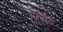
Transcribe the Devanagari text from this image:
गेमबेटे